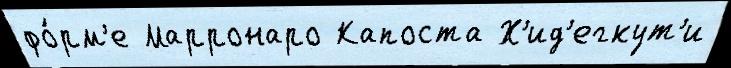
фо́рм'е Марронаро Капоста Х'ид'егкут'и